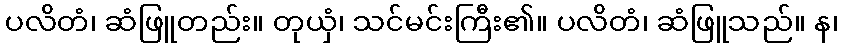
ပလိတံ၊ ဆံဖြူတည်း။ တုယှံ၊ သင်မင်းကြီး၏။ ပလိတံ၊ ဆံဖြူသည်။ န၊